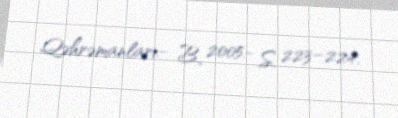
Qəhrəmanları.- B., 2005.- S. 223–224.